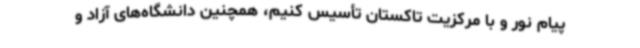
پیام نور و با مرکزیت تاکستان تأسیس کنیم، همچنین دانشگاه‌های آزاد و